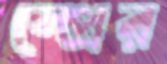
স্প্রের